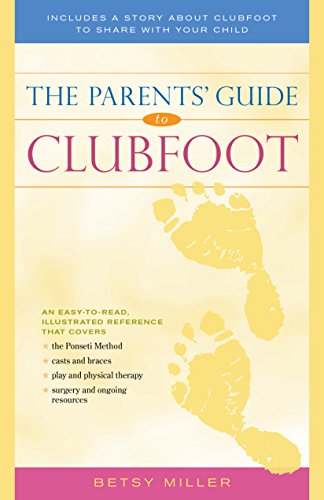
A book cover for The Parents' Guide to Clubfoot; Betsy Miller; Health, Fitness & Dieting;